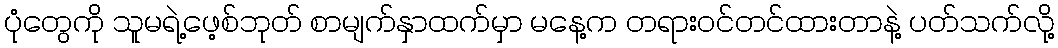
ပုံတွေကို သူမရဲ့ဖေ့စ်ဘုတ် စာမျက်နှာထက်မှာ မနေ့က တရားဝင်တင်ထားတာနဲ့ ပတ်သက်လို့